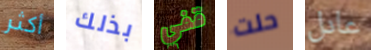
أكثر بذلك قفي حلت عادل